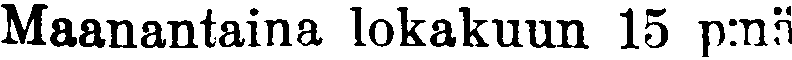
Maanantaina lokakuun 15 p:nä